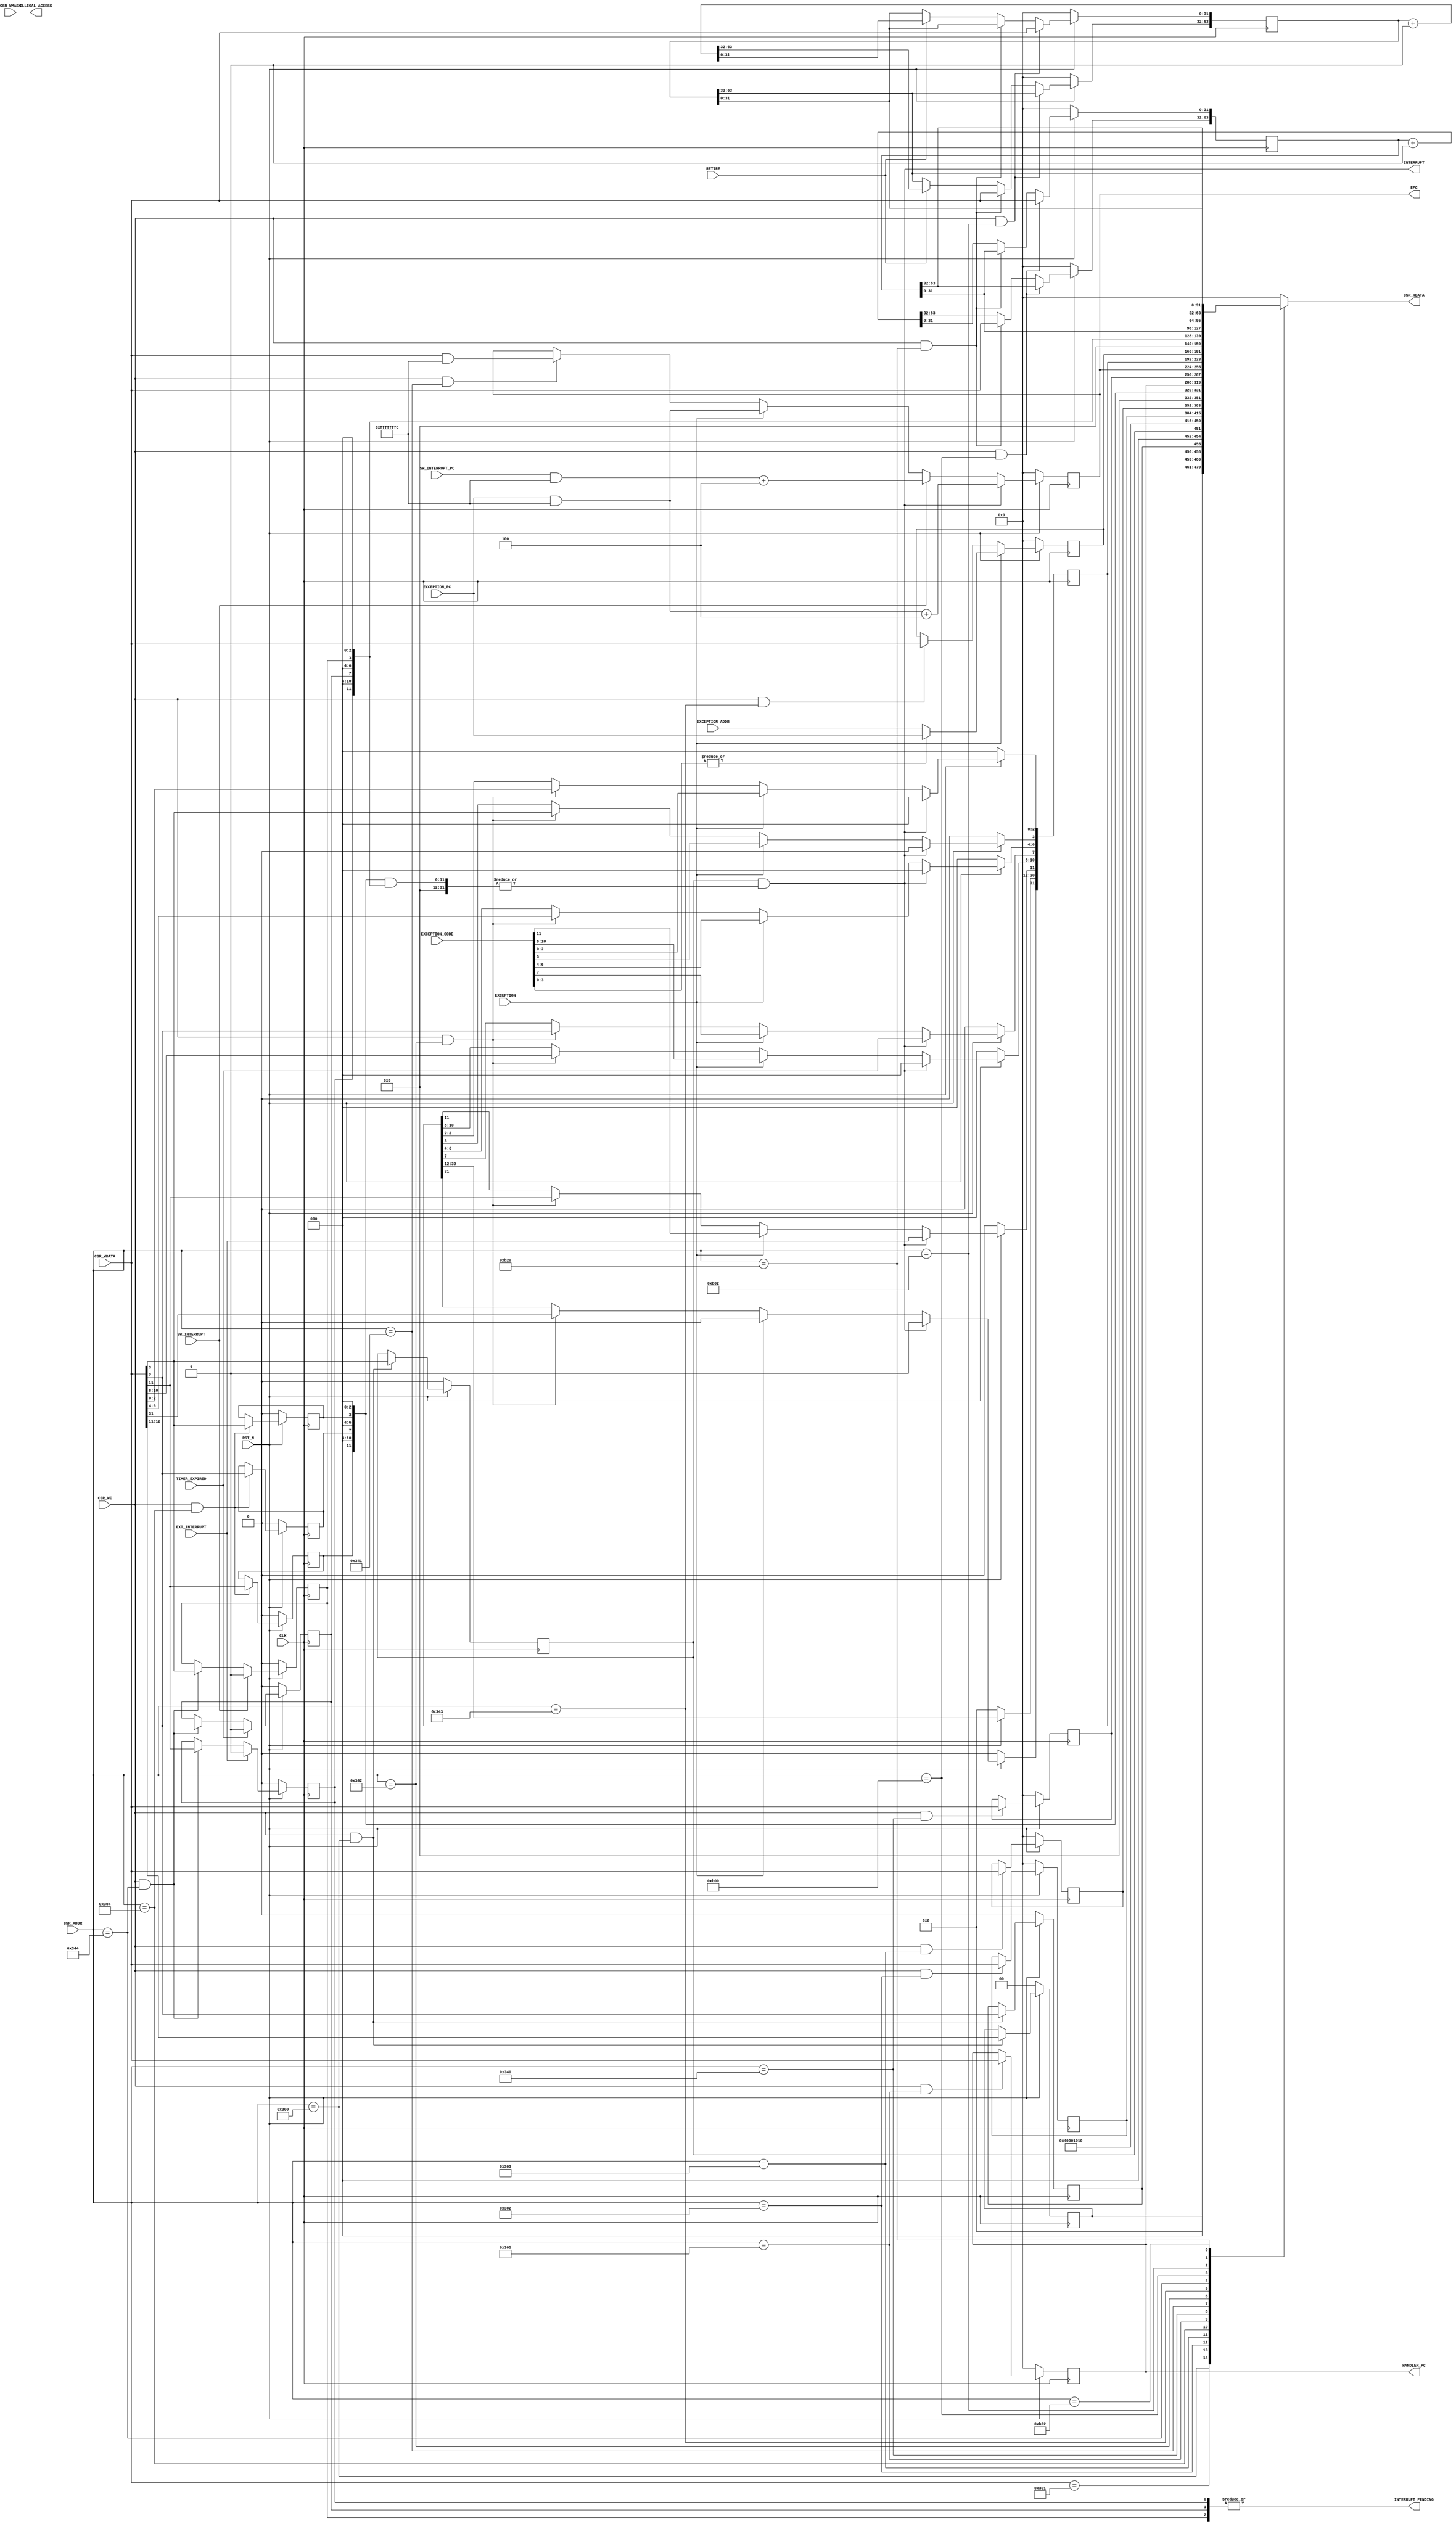
module fmrv32im_csr
  (
   input              RST_N,
   input              CLK,

   input [11:0]       CSR_ADDR,
   input              CSR_WE,
   input [31:0]       CSR_WDATA,
   input [31:0]       CSR_WMASK,
   output reg [31:0]  CSR_RDATA,

   input              EXT_INTERRUPT,
   input              SW_INTERRUPT,
   input [31:0]       SW_INTERRUPT_PC,
   input              EXCEPTION,
   input [11:0]       EXCEPTION_CODE,
   input [31:0]       EXCEPTION_ADDR,
   input [31:0]       EXCEPTION_PC,
   input              TIMER_EXPIRED,
   input              RETIRE,

   output wire [31:0] HANDLER_PC,
   output wire [31:0] EPC,
   output wire        INTERRUPT_PENDING,
   output wire        INTERRUPT,

   output             ILLEGAL_ACCESS
   );

   /* ------------------------------------------------------------ *
	* Machine mode register                                        *
	* ------------------------------------------------------------ */
   // Machine Information Register
   wire [31:0]        mvendorid;
   wire [31:0]        marchid;
   wire [31:0]        mimpid;
   wire [31:0]        mhartid;
   // Machine Trap Setup
   wire [31:0]        mstatus;
   wire [31:0]        misa;
   reg [31:0]         medeleg;
   reg [31:0]         mideleg;
   wire [31:0]         mie;
   reg [31:0]         mtvec;
   // Machine Trap Handlling
   reg [31:0]         mscratch;
   reg [31:0]         mepc;
   reg [31:0]         mcause;
   reg [31:0]         mbadaddr;
   wire [31:0]         mip;
   // Machine Protction and Trnslation
   wire [31:0]         mbase;
   wire [31:0]         mbound;
   wire [31:0]         mibase;
   wire [31:0]         mibound;
   wire [31:0]         mdbase;
   wire [31:0]         mdbound;
   // Machine Counter/Timer
   reg [63:0]         mcycle;
   reg [63:0]         minstret;
   wire [63:0]         mhpmcounter3;
   wire [63:0]         mhpmcounter4;
   wire [63:0]         mhpmcounter5;
   wire [63:0]         mhpmcounter6;
   wire [63:0]         mhpmcounter7;
   wire [63:0]         mhpmcounter8;
   wire [63:0]         mhpmcounter9;
   wire [63:0]         mhpmcounter10;
   wire [63:0]         mhpmcounter11;
   wire [63:0]         mhpmcounter12;
   wire [63:0]         mhpmcounter13;
   wire [63:0]         mhpmcounter14;
   wire [63:0]         mhpmcounter15;
   wire [63:0]         mhpmcounter16;
   wire [63:0]         mhpmcounter17;
   wire [63:0]         mhpmcounter18;
   wire [63:0]         mhpmcounter19;
   wire [63:0]         mhpmcounter20;
   wire [63:0]         mhpmcounter21;
   wire [63:0]         mhpmcounter22;
   wire [63:0]         mhpmcounter23;
   wire [63:0]         mhpmcounter24;
   wire [63:0]         mhpmcounter25;
   wire [63:0]         mhpmcounter26;
   wire [63:0]         mhpmcounter27;
   wire [63:0]         mhpmcounter28;
   wire [63:0]         mhpmcounter29;
   wire [63:0]         mhpmcounter30;
   wire [63:0]         mhpmcounter31;
   // Machine Counter Setup
   wire [31:0]         mucounteren;
   wire [31:0]         mscounteren;
   wire [31:0]         mhcounteren;
   wire [31:0]         mhpmevent3;
   wire [31:0]         mhpmevent4;
   wire [31:0]         mhpmevent5;
   wire [31:0]         mhpmevent6;
   wire [31:0]         mhpmevent7;
   wire [31:0]         mhpmevent8;
   wire [31:0]         mhpmevent9;
   wire [31:0]         mhpmevent10;
   wire [31:0]         mhpmevent11;
   wire [31:0]         mhpmevent12;
   wire [31:0]         mhpmevent13;
   wire [31:0]         mhpmevent14;
   wire [31:0]         mhpmevent15;
   wire [31:0]         mhpmevent16;
   wire [31:0]         mhpmevent17;
   wire [31:0]         mhpmevent18;
   wire [31:0]         mhpmevent19;
   wire [31:0]         mhpmevent20;
   wire [31:0]         mhpmevent21;
   wire [31:0]         mhpmevent22;
   wire [31:0]         mhpmevent23;
   wire [31:0]         mhpmevent24;
   wire [31:0]         mhpmevent25;
   wire [31:0]         mhpmevent26;
   wire [31:0]         mhpmevent27;
   wire [31:0]         mhpmevent28;
   wire [31:0]         mhpmevent29;
   wire [31:0]         mhpmevent30;
   wire [31:0]         mhpmevent31;
   // Debug/Trace Register
   wire [31:0]         tselect;
   wire [31:0]         tdata1;
   wire [31:0]         tdata2;
   wire [31:0]         tdata3;
   // Debug Mode Register
   wire [31:0]         dcsr;
   wire [31:0]         dpc;
   wire [31:0]         dscratch;

   // mvendorid(F11h), marchid(F12h), mimpid(F13h), mhartid(F14h)
   assign mvendorid = 32'd0;
   assign marchid   = 32'd0;
   assign mimpid    = 32'd0;
   assign mhartid   = 32'd0;

   // mstatus(300h)
   reg [1:0]           ms_mpp;
   reg                 ms_mpie;
   reg                 ms_mie;
   always @(posedge CLK) begin
      if(!RST_N) begin
         ms_mpp  <= 0;
         ms_mpie <= 0;
         ms_mie  <= 0;
      end else begin
         if(CSR_WE & (CSR_ADDR == 12'h300)) begin
            ms_mpp[1:0] <= CSR_WDATA[12:11]; // MPP[1:0]
            ms_mpie     <= CSR_WDATA[7];     // MPIE
            ms_mie      <= CSR_WDATA[3];     // MIE
         end
      end
   end // always @ (posedge CLK)
   assign mstatus = {19'd0, ms_mpp[1:0], 3'd0, ms_mpie, 3'd0, ms_mie, 3'd0};


   // misa(301h)
   assign misa = {2'b01,   // base 32bit
                  4'b0000, // WIRI
                  26'b00_0000_0000_0001_0000_0001_0000}; // E,M

   // medeleg(302h), mideleg(303h)
   always @(posedge CLK) begin
      if(!RST_N) begin
         mideleg <= 0;
         medeleg <= 0;
      end else begin
         if(CSR_WE & (CSR_ADDR == 12'h302)) begin
            medeleg <= CSR_WDATA;
         end
         if(CSR_WE & (CSR_ADDR == 12'h303)) begin
            mideleg <= CSR_WDATA;
         end
      end
   end

   // mie(304h)
   reg meie, mtie, msie;
   always @(posedge CLK) begin
      if(!RST_N) begin
         meie <= 0;
         mtie <= 0;
         msie <= 0;
      end else begin
         if(CSR_WE & (CSR_ADDR == 12'h304)) begin
            meie <= CSR_WDATA[11]; // MEIE(M-mode Exception Interrupt Enablee)
            mtie <= CSR_WDATA[7];  // MTIE(M-mode Timer Interrupt Enable)
            msie <= CSR_WDATA[3];  // MSIE(M-mode Software Interrupt Enable)
         end
      end
   end // always @ (posedge CLK)
   assign mie = {20'd0, meie, 3'd0, mtie, 3'd0, msie, 3'd0};

   // mtvec(305h)
   always @(posedge CLK) begin
      if(!RST_N) begin
         mtvec <= 0;
      end else begin
         if(CSR_WE & (CSR_ADDR == 12'h305)) begin
            mtvec <= CSR_WDATA;
         end
      end
   end
   assign HANDLER_PC = mtvec;

   // mscratch(340h)
   always @(posedge CLK) begin
      if(!RST_N) begin
         mscratch <= 0;
      end else begin
         if(CSR_WE & (CSR_ADDR == 12'h340)) begin
            mscratch <= CSR_WDATA;
         end
      end
   end

   // mepc(341h)
   always @(posedge CLK) begin
      if(!RST_N) begin
         mepc <= 0;
      end else begin
         if(INTERRUPT) begin
            mepc <= (EXCEPTION_PC & {{30{1'b1}},2'b0}) + 32'd4;
         end else if(SW_INTERRUPT) begin
            mepc <= (SW_INTERRUPT_PC & {{30{1'b1}},2'b0}) + 32'd4;
         end else if(EXCEPTION) begin
            mepc <= (EXCEPTION_PC & {{30{1'b1}},2'b0});
         end else if(CSR_WE & (CSR_ADDR == 12'h341)) begin
            mepc <= (CSR_WDATA & {{30{1'b1}},2'b0});
         end
      end
   end
   assign EPC = mepc;

   // mcause(342h)
   always @(posedge CLK) begin
      if(!RST_N) begin
         mcause <= 0;
      end else begin
         if(INTERRUPT) begin
            mcause[31]   <= 1'b1;
            mcause[11]   <= EXT_INTERRUPT;
            mcause[10:8] <= 3'd0;
            mcause[7]    <= TIMER_EXPIRED;
            mcause[6:4]  <= 3'd0;
            mcause[3]    <= 1'b0;
            mcause[2:0]  <= 3'd0;
         end else if(EXCEPTION) begin
            mcause[31]   <= 1'b0;
            mcause[11:0] <= EXCEPTION_CODE;
         end else if(CSR_WE & (CSR_ADDR == 12'h342)) begin
            mcause[31]   <= CSR_WDATA[31];
            mcause[11:0] <= CSR_WDATA[11:0];
         end
      end
   end

   // mbadaddr(343h)
   always @(posedge CLK) begin
      if(!RST_N) begin
         mbadaddr <= 0;
      end else begin
         if(EXCEPTION) begin
            mbadaddr <= (|EXCEPTION_CODE[3:0])?EXCEPTION_PC:EXCEPTION_ADDR;
         end else if(CSR_WE & (CSR_ADDR == 12'h343)) begin
            mbadaddr <= CSR_WDATA;
         end
      end
   end

   // mip(344h)
   reg meip, mtip, msip;
   always @(posedge CLK) begin
      if(!RST_N) begin
         meip <= 0;
         mtip <= 0;
         msip <= 0;
      end else begin
         // MEIP
         if(EXT_INTERRUPT) begin
            meip <= 1'b1;
         end else if(CSR_WE & (CSR_ADDR == 12'h344)) begin
            meip <= CSR_WDATA[11];
         end
         // MTIP
         if(TIMER_EXPIRED) begin
            mtip <= 1'b1;
         end else if(CSR_WE & (CSR_ADDR == 12'h344)) begin
            mtip <= CSR_WDATA[7];
         end
         // MSIP
         if(SW_INTERRUPT) begin
            msip <= 1'b1;
         end else if(CSR_WE & (CSR_ADDR == 12'h344)) begin
            msip <= CSR_WDATA[3];
         end
      end
   end // always @ (posedge CLK)
   assign mip = {20'd0, meip, 3'd0, mtip, 3'd0, msip, 3'd0};
   assign INTERRUPT = mstatus[3] & (|(mie & mip));
   assign INTERRUPT_PENDING = |mip;

   // mbase(380h), mbound(381h), mibase(382h), mibound(383h), mdbase(384h), mdbound(385h)
   assign mbase   = 32'd0;
   assign mbound  = 32'd0;
   assign mibase  = 32'd0;
   assign mibound = 32'd0;
   assign mdbase  = 32'd0;
   assign mdbound = 32'd0;

   // mcycle(B00h,B20h)
   always @(posedge CLK) begin
      if(!RST_N) begin
         mcycle <= 0;
      end else begin
         if(CSR_WE & (CSR_ADDR == 12'hB00)) begin
            mcycle[31:0]  <= CSR_WDATA;
         end else if(CSR_WE & (CSR_ADDR == 12'hB20)) begin
            mcycle[63:32] <= CSR_WDATA;
         end else begin
            mcycle <= mcycle + 64'd1;
         end
      end
   end

   // minstret(B02h, B22h)
   always @(posedge CLK) begin
      if(!RST_N) begin
         minstret <= 0;
      end else begin
         if(CSR_WE & (CSR_ADDR == 12'hB02)) begin
            minstret[31:0]  <= CSR_WDATA;
         end else if(CSR_WE & (CSR_ADDR == 12'hB20)) begin
            minstret[63:32] <= CSR_WDATA;
         end else begin
            if(RETIRE) begin
               minstret <= minstret + 64'd1;
            end
         end
      end
   end

   // mucounteren(320h), mscounteren(321h), mhcounteren(322h)
   assign mucounteren = 32'd0;
   assign mscounteren = 32'd0;
   assign mhcounteren = 32'd0;

   // mhpmcounter3-31(B803h-B1Fh), mhpmevent3-31(323h-33Fh)
   assign mhpmcounter3 = 64'd0;
   assign mhpmcounter4 = 64'd0;
   assign mhpmcounter5 = 64'd0;
   assign mhpmcounter6 = 64'd0;
   assign mhpmcounter7 = 64'd0;
   assign mhpmcounter8 = 64'd0;
   assign mhpmcounter9 = 64'd0;
   assign mhpmcounter10 = 64'd0;
   assign mhpmcounter11 = 64'd0;
   assign mhpmcounter12 = 64'd0;
   assign mhpmcounter13 = 64'd0;
   assign mhpmcounter14 = 64'd0;
   assign mhpmcounter15 = 64'd0;
   assign mhpmcounter16 = 64'd0;
   assign mhpmcounter17 = 64'd0;
   assign mhpmcounter18 = 64'd0;
   assign mhpmcounter19 = 64'd0;
   assign mhpmcounter20 = 64'd0;
   assign mhpmcounter21 = 64'd0;
   assign mhpmcounter22 = 64'd0;
   assign mhpmcounter23 = 64'd0;
   assign mhpmcounter24 = 64'd0;
   assign mhpmcounter25 = 64'd0;
   assign mhpmcounter26 = 64'd0;
   assign mhpmcounter27 = 64'd0;
   assign mhpmcounter28 = 64'd0;
   assign mhpmcounter29 = 64'd0;
   assign mhpmcounter30 = 64'd0;
   assign mhpmcounter31 = 64'd0;
   assign mhpmevent3 = 32'd0;
   assign mhpmevent4 = 32'd0;
   assign mhpmevent5 = 32'd0;
   assign mhpmevent6 = 32'd0;
   assign mhpmevent7 = 32'd0;
   assign mhpmevent8 = 32'd0;
   assign mhpmevent9 = 32'd0;
   assign mhpmevent10 = 32'd0;
   assign mhpmevent11 = 32'd0;
   assign mhpmevent12 = 32'd0;
   assign mhpmevent13 = 32'd0;
   assign mhpmevent14 = 32'd0;
   assign mhpmevent15 = 32'd0;
   assign mhpmevent16 = 32'd0;
   assign mhpmevent17 = 32'd0;
   assign mhpmevent18 = 32'd0;
   assign mhpmevent19 = 32'd0;
   assign mhpmevent20 = 32'd0;
   assign mhpmevent21 = 32'd0;
   assign mhpmevent22 = 32'd0;
   assign mhpmevent23 = 32'd0;
   assign mhpmevent24 = 32'd0;
   assign mhpmevent25 = 32'd0;
   assign mhpmevent26 = 32'd0;
   assign mhpmevent27 = 32'd0;
   assign mhpmevent28 = 32'd0;
   assign mhpmevent29 = 32'd0;
   assign mhpmevent30 = 32'd0;
   assign mhpmevent31 = 32'd0;

   // Debug/Trace Register
   assign tselect  = 32'd0;
   assign tdata1   = 32'd0;
   assign tdata2   = 32'd0;
   assign tdata3   = 32'd0;
   // Debug Mode Register
   assign dcsr     = 32'd0;
   assign dpc      = 32'd0;
   assign dscratch = 32'd0;

   //
   always @(*) begin
      case(CSR_ADDR)
        // Machine Information
        12'hF11: CSR_RDATA <= mvendorid;
        12'hF12: CSR_RDATA <= marchid;
        12'hF13: CSR_RDATA <= mimpid;
        12'hF14: CSR_RDATA <= mhartid;
        // Machine Trap Setup
        12'h300: CSR_RDATA <= mstatus;
        12'h301: CSR_RDATA <= misa;
        12'h302: CSR_RDATA <= medeleg;
        12'h303: CSR_RDATA <= mideleg;
        12'h304: CSR_RDATA <= mie;
        12'h305: CSR_RDATA <= mtvec;
        // Machine Trap Handling
        12'h340: CSR_RDATA <= mscratch;
        12'h341: CSR_RDATA <= mepc;
        12'h342: CSR_RDATA <= mcause;
        12'h343: CSR_RDATA <= mbadaddr;
        12'h344: CSR_RDATA <= mip;
        // Machine Protection and Translation
        12'h380: CSR_RDATA <= mbase;
        12'h381: CSR_RDATA <= mbound;
        12'h382: CSR_RDATA <= mibase;
        12'h383: CSR_RDATA <= mibound;
        12'h384: CSR_RDATA <= mdbase;
        12'h385: CSR_RDATA <= mdbound;
        // Machine Counter/Timer
        12'hB00: CSR_RDATA <= mcycle[31:0];
        12'hB02: CSR_RDATA <= minstret[31:0];
        12'hB03: CSR_RDATA <= mhpmcounter3[31:0];
        12'hB04: CSR_RDATA <= mhpmcounter4[31:0];
        12'hB05: CSR_RDATA <= mhpmcounter5[31:0];
        12'hB06: CSR_RDATA <= mhpmcounter6[31:0];
        12'hB07: CSR_RDATA <= mhpmcounter7[31:0];
        12'hB08: CSR_RDATA <= mhpmcounter8[31:0];
        12'hB09: CSR_RDATA <= mhpmcounter9[31:0];
        12'hB0A: CSR_RDATA <= mhpmcounter10[31:0];
        12'hB0B: CSR_RDATA <= mhpmcounter11[31:0];
        12'hB0C: CSR_RDATA <= mhpmcounter12[31:0];
        12'hB0D: CSR_RDATA <= mhpmcounter13[31:0];
        12'hB0E: CSR_RDATA <= mhpmcounter14[31:0];
        12'hB0F: CSR_RDATA <= mhpmcounter15[31:0];
        12'hB10: CSR_RDATA <= mhpmcounter16[31:0];
        12'hB11: CSR_RDATA <= mhpmcounter17[31:0];
        12'hB12: CSR_RDATA <= mhpmcounter18[31:0];
        12'hB13: CSR_RDATA <= mhpmcounter19[31:0];
        12'hB14: CSR_RDATA <= mhpmcounter20[31:0];
        12'hB15: CSR_RDATA <= mhpmcounter21[31:0];
        12'hB16: CSR_RDATA <= mhpmcounter22[31:0];
        12'hB17: CSR_RDATA <= mhpmcounter23[31:0];
        12'hB18: CSR_RDATA <= mhpmcounter24[31:0];
        12'hB19: CSR_RDATA <= mhpmcounter25[31:0];
        12'hB1A: CSR_RDATA <= mhpmcounter26[31:0];
        12'hB1B: CSR_RDATA <= mhpmcounter27[31:0];
        12'hB1C: CSR_RDATA <= mhpmcounter28[31:0];
        12'hB1D: CSR_RDATA <= mhpmcounter29[31:0];
        12'hB1E: CSR_RDATA <= mhpmcounter30[31:0];
        12'hB1F: CSR_RDATA <= mhpmcounter31[31:0];
        12'hB20: CSR_RDATA <= mcycle[63:32];
        12'hB22: CSR_RDATA <= minstret[63:32];
        12'hB23: CSR_RDATA <= mhpmcounter3[63:32];
        12'hB24: CSR_RDATA <= mhpmcounter4[63:32];
        12'hB25: CSR_RDATA <= mhpmcounter5[63:32];
        12'hB26: CSR_RDATA <= mhpmcounter6[63:32];
        12'hB27: CSR_RDATA <= mhpmcounter7[63:32];
        12'hB28: CSR_RDATA <= mhpmcounter8[63:32];
        12'hB29: CSR_RDATA <= mhpmcounter9[63:32];
        12'hB2A: CSR_RDATA <= mhpmcounter10[63:32];
        12'hB2B: CSR_RDATA <= mhpmcounter11[63:32];
        12'hB2C: CSR_RDATA <= mhpmcounter12[63:32];
        12'hB2D: CSR_RDATA <= mhpmcounter13[63:32];
        12'hB2E: CSR_RDATA <= mhpmcounter14[63:32];
        12'hB2F: CSR_RDATA <= mhpmcounter15[63:32];
        12'hB30: CSR_RDATA <= mhpmcounter16[63:32];
        12'hB31: CSR_RDATA <= mhpmcounter17[63:32];
        12'hB32: CSR_RDATA <= mhpmcounter18[63:32];
        12'hB33: CSR_RDATA <= mhpmcounter19[63:32];
        12'hB34: CSR_RDATA <= mhpmcounter20[63:32];
        12'hB35: CSR_RDATA <= mhpmcounter21[63:32];
        12'hB36: CSR_RDATA <= mhpmcounter22[63:32];
        12'hB37: CSR_RDATA <= mhpmcounter23[63:32];
        12'hB38: CSR_RDATA <= mhpmcounter24[63:32];
        12'hB39: CSR_RDATA <= mhpmcounter25[63:32];
        12'hB3A: CSR_RDATA <= mhpmcounter26[63:32];
        12'hB3B: CSR_RDATA <= mhpmcounter27[63:32];
        12'hB3C: CSR_RDATA <= mhpmcounter28[63:32];
        12'hB3D: CSR_RDATA <= mhpmcounter29[63:32];
        12'hB3E: CSR_RDATA <= mhpmcounter30[63:32];
        12'hB3F: CSR_RDATA <= mhpmcounter31[63:32];
        // Machine Counter Setup
        12'h320: CSR_RDATA <= mucounteren;
        12'h321: CSR_RDATA <= mscounteren;
        12'h322: CSR_RDATA <= mhcounteren;
        12'h323: CSR_RDATA <= mhpmevent3;
        12'h324: CSR_RDATA <= mhpmevent4;
        12'h325: CSR_RDATA <= mhpmevent5;
        12'h326: CSR_RDATA <= mhpmevent6;
        12'h327: CSR_RDATA <= mhpmevent7;
        12'h328: CSR_RDATA <= mhpmevent8;
        12'h329: CSR_RDATA <= mhpmevent9;
        12'h32A: CSR_RDATA <= mhpmevent10;
        12'h32B: CSR_RDATA <= mhpmevent11;
        12'h32C: CSR_RDATA <= mhpmevent12;
        12'h32D: CSR_RDATA <= mhpmevent13;
        12'h32E: CSR_RDATA <= mhpmevent14;
        12'h32F: CSR_RDATA <= mhpmevent15;
        12'h330: CSR_RDATA <= mhpmevent16;
        12'h331: CSR_RDATA <= mhpmevent17;
        12'h332: CSR_RDATA <= mhpmevent18;
        12'h333: CSR_RDATA <= mhpmevent19;
        12'h334: CSR_RDATA <= mhpmevent20;
        12'h335: CSR_RDATA <= mhpmevent21;
        12'h336: CSR_RDATA <= mhpmevent22;
        12'h337: CSR_RDATA <= mhpmevent23;
        12'h338: CSR_RDATA <= mhpmevent24;
        12'h339: CSR_RDATA <= mhpmevent25;
        12'h33A: CSR_RDATA <= mhpmevent26;
        12'h33B: CSR_RDATA <= mhpmevent27;
        12'h33C: CSR_RDATA <= mhpmevent28;
        12'h33D: CSR_RDATA <= mhpmevent29;
        12'h33E: CSR_RDATA <= mhpmevent30;
        12'h33F: CSR_RDATA <= mhpmevent31;
        // Debug/Trace Register
        12'h7A0: CSR_RDATA <= tselect;
        12'h7A1: CSR_RDATA <= tdata1;
        12'h7A2: CSR_RDATA <= tdata2;
        12'h7A3: CSR_RDATA <= tdata3;
        // D7bug Mode Register
        12'h7B0: CSR_RDATA <= dcsr;
        12'h7B1: CSR_RDATA <= dpc;
        12'h7B2: CSR_RDATA <= dscratch;
        default: CSR_RDATA <= 32'd0;
      endcase
   end

endmodule // fmrv32im_csr